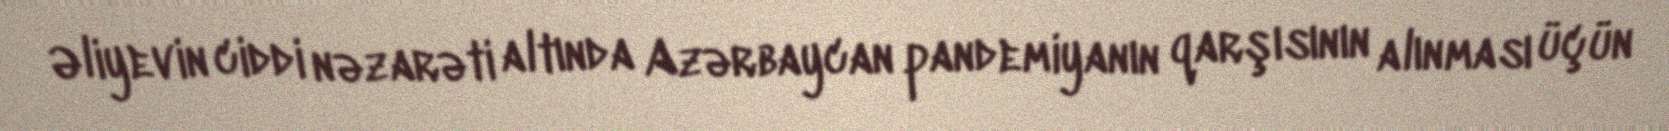
Əliyevin ciddi nəzarəti altında Azərbaycan pandemiyanın qarşısının alınması üçün